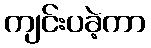
ကျင်းပခဲ့ကာ